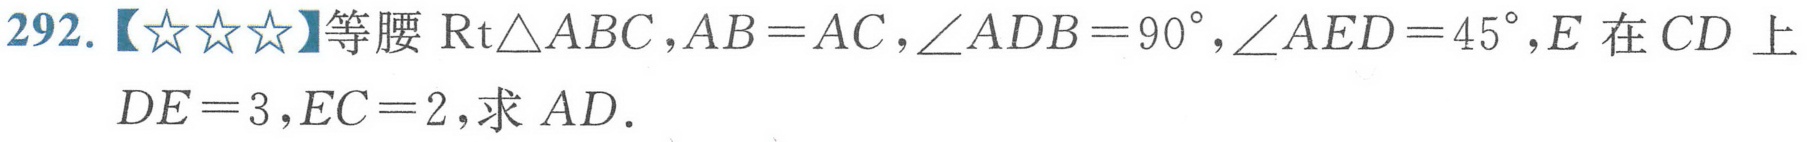
292.【★★★】等腰\(\text{Rt}\triangle ABC\)，\(AB = AC\)，\(\angle ADB = 90^{\circ}\)，\(\angle AED = 45^{\circ}\)，\(E\)在\(CD\)上，\(DE = 3\)，\(EC = 2\)，求\(AD\).